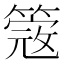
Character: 𥲃